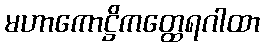
မဟာကောဋ္ဌိကတ္ထေရဂါထာ